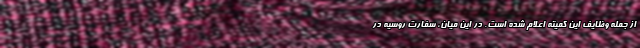
از جمله وظایف این کمیته اعلام شده است. در این میان، سفارت روسیه در